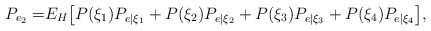
\begin{align*}P_{e_{2}} =&E_{H}\big[P(\xi_{1})P_{e\vert\xi_{1}}+P(\xi_{2})P_{e\vert\xi_{2}}+ P(\xi_{3})P_{e\vert\xi_{3}}+P(\xi_{4})P_{e\vert\xi_{4}}\big],\end{align*}